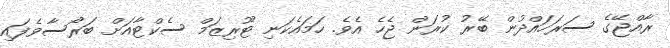
ރާއްޖޭގެ ސަރަހައްދުން ބޭރު ކުރަން ޖެހެ އެވެ. ހަމައެކަނި ޓޫރިޒަމް ސެކްޓާއަށް ބަރޯސާވެފައި